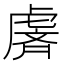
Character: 𫊢